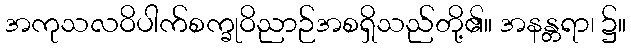
အကုသလဝိပါက်စက္ခုဝိညာဉ်အစရှိသည်တို့၏။ အနန္တရာ၊ ၌။